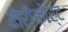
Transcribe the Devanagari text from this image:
मेरीकोर्ट